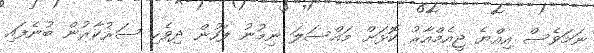
ނަމަވެސް އިއްޔެ ޖީއެމްއާރު ކޮޅަށް މައްސަލަ ނިމުނު ފަހުން ދިވެހި ސަރުކާރުން ބުނެފައި